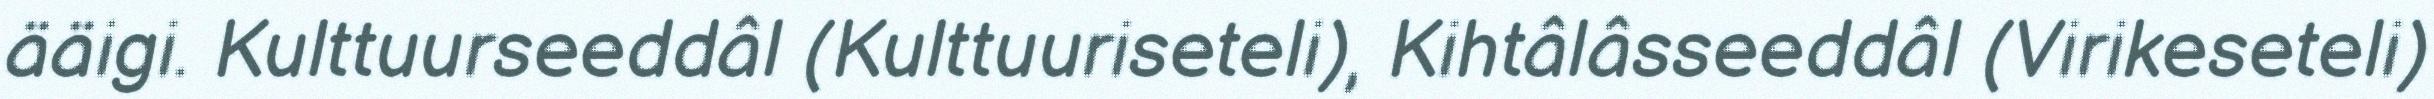
ääigi. Kulttuurseeddâl (Kulttuuriseteli), Kihtâlâsseeddâl (Virikeseteli)